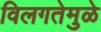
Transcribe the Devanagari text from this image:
विलगतेमुळे